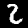
Label: 2